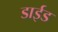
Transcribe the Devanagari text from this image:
डाईड